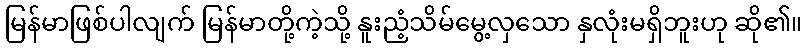
မြန်မာဖြစ်ပါလျက် မြန်မာတို့ကဲ့သို့ နူးညံ့သိမ်မွေ့လှသော နှလုံးမရှိဘူးဟု ဆို၏။